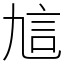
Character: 訄